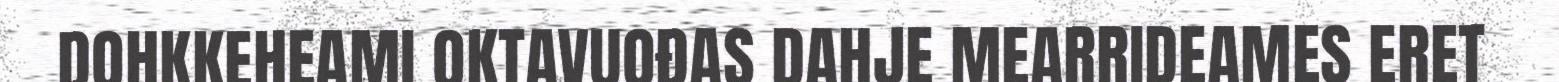
DOHKKEHEAMI OKTAVUOĐAS DAHJE MEARRIDEAMES ERET